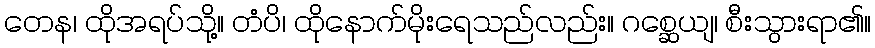
တေန၊ ထိုအရပ်သို့။ တံပိ၊ ထိုနောက်မိုးရေသည်လည်း။ ဂစ္ဆေယျ၊ စီးသွားရာ၏။